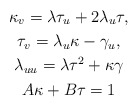
\begin{gather*}\kappa_{v}=\lambda\tau_{u}+2\lambda_{u}\tau,\\\tau_{v}=\lambda_{u}\kappa-\gamma_{u},\\\lambda_{uu}=\lambda\tau^{2}+\kappa\gamma\\A\kappa+B\tau=1\end{gather*}